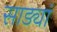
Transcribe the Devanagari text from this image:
साड्यां